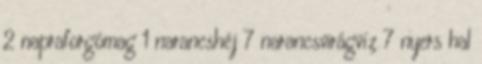
2 napraforgómag 1 narancshéj 7 narancsvirágvíz 7 nyers hal